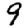
Digit: 9